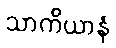
သာကိယာနံ